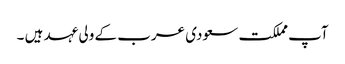
آپ مملکت سعودی عرب کے ولی عہد ہیں ۔